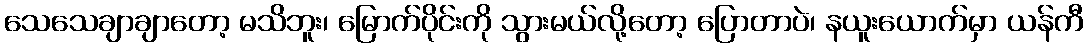
သေသေချာချာတော့ မသိဘူး၊ မြောက်ပိုင်းကို သွားမယ်လို့တော့ ပြောတာပဲ၊ နယူးယောက်မှာ ယန်ကီ